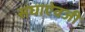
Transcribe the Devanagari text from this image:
संघाऐवजी